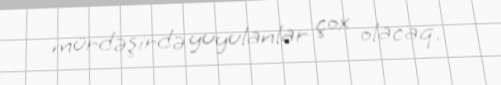
mürdəşirdə yuyulanlar çox olacaq.